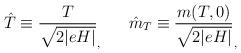
LaTeX: \begin{align*}\hat{T} \equiv \frac{T}{\sqrt{2\vert eH \vert}}_, ~~~~~ \hat{m}_{T} \equiv \frac{m(T,0)}{\sqrt{2\vert eH \vert}}_,\end{align*}